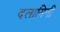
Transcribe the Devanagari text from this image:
दलामिनी